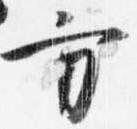
方